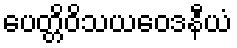
ပေတ္တိဝိသယဝေဒနီယံ